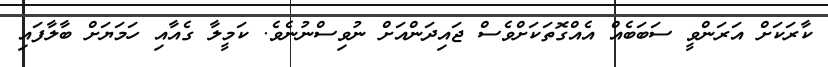
ކާރަކަށް އަރަންވީ ސަބަބެއް އެއްގޮތަކަށްވެސް ޖައިދަންއަށް ނުވިސްނުނެވެ. ކަމީލާ ގެއާއި ހަމަޔަށް ބާލާފައި